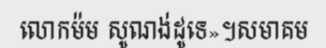
លោកម៉ម សូណង់ដូទេ»។សមាគម